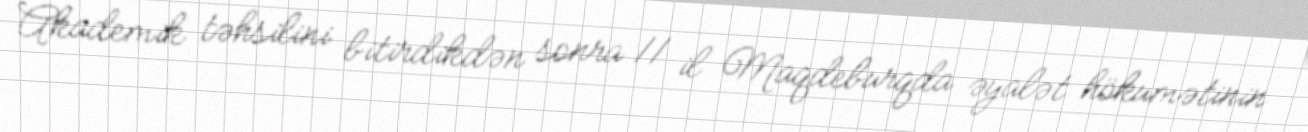
Akademik təhsilini bitirdikdən sonra 11 il Maqdeburqda əyalət hökumətinin